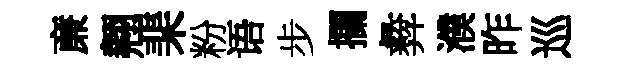
亷翹棐粉语步攔彜濮昨巡